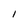
Character: I